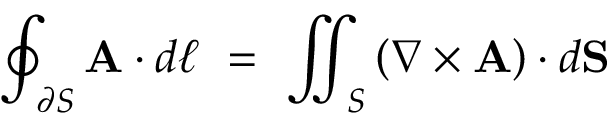
\oint _ { \partial S } \mathbf { A } \cdot d { \boldsymbol { \ell } } \ = \ \iint _ { S } \left( \nabla \times \mathbf { A } \right) \cdot d \mathbf { S }